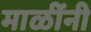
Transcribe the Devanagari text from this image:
माळींनी